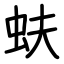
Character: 蚨